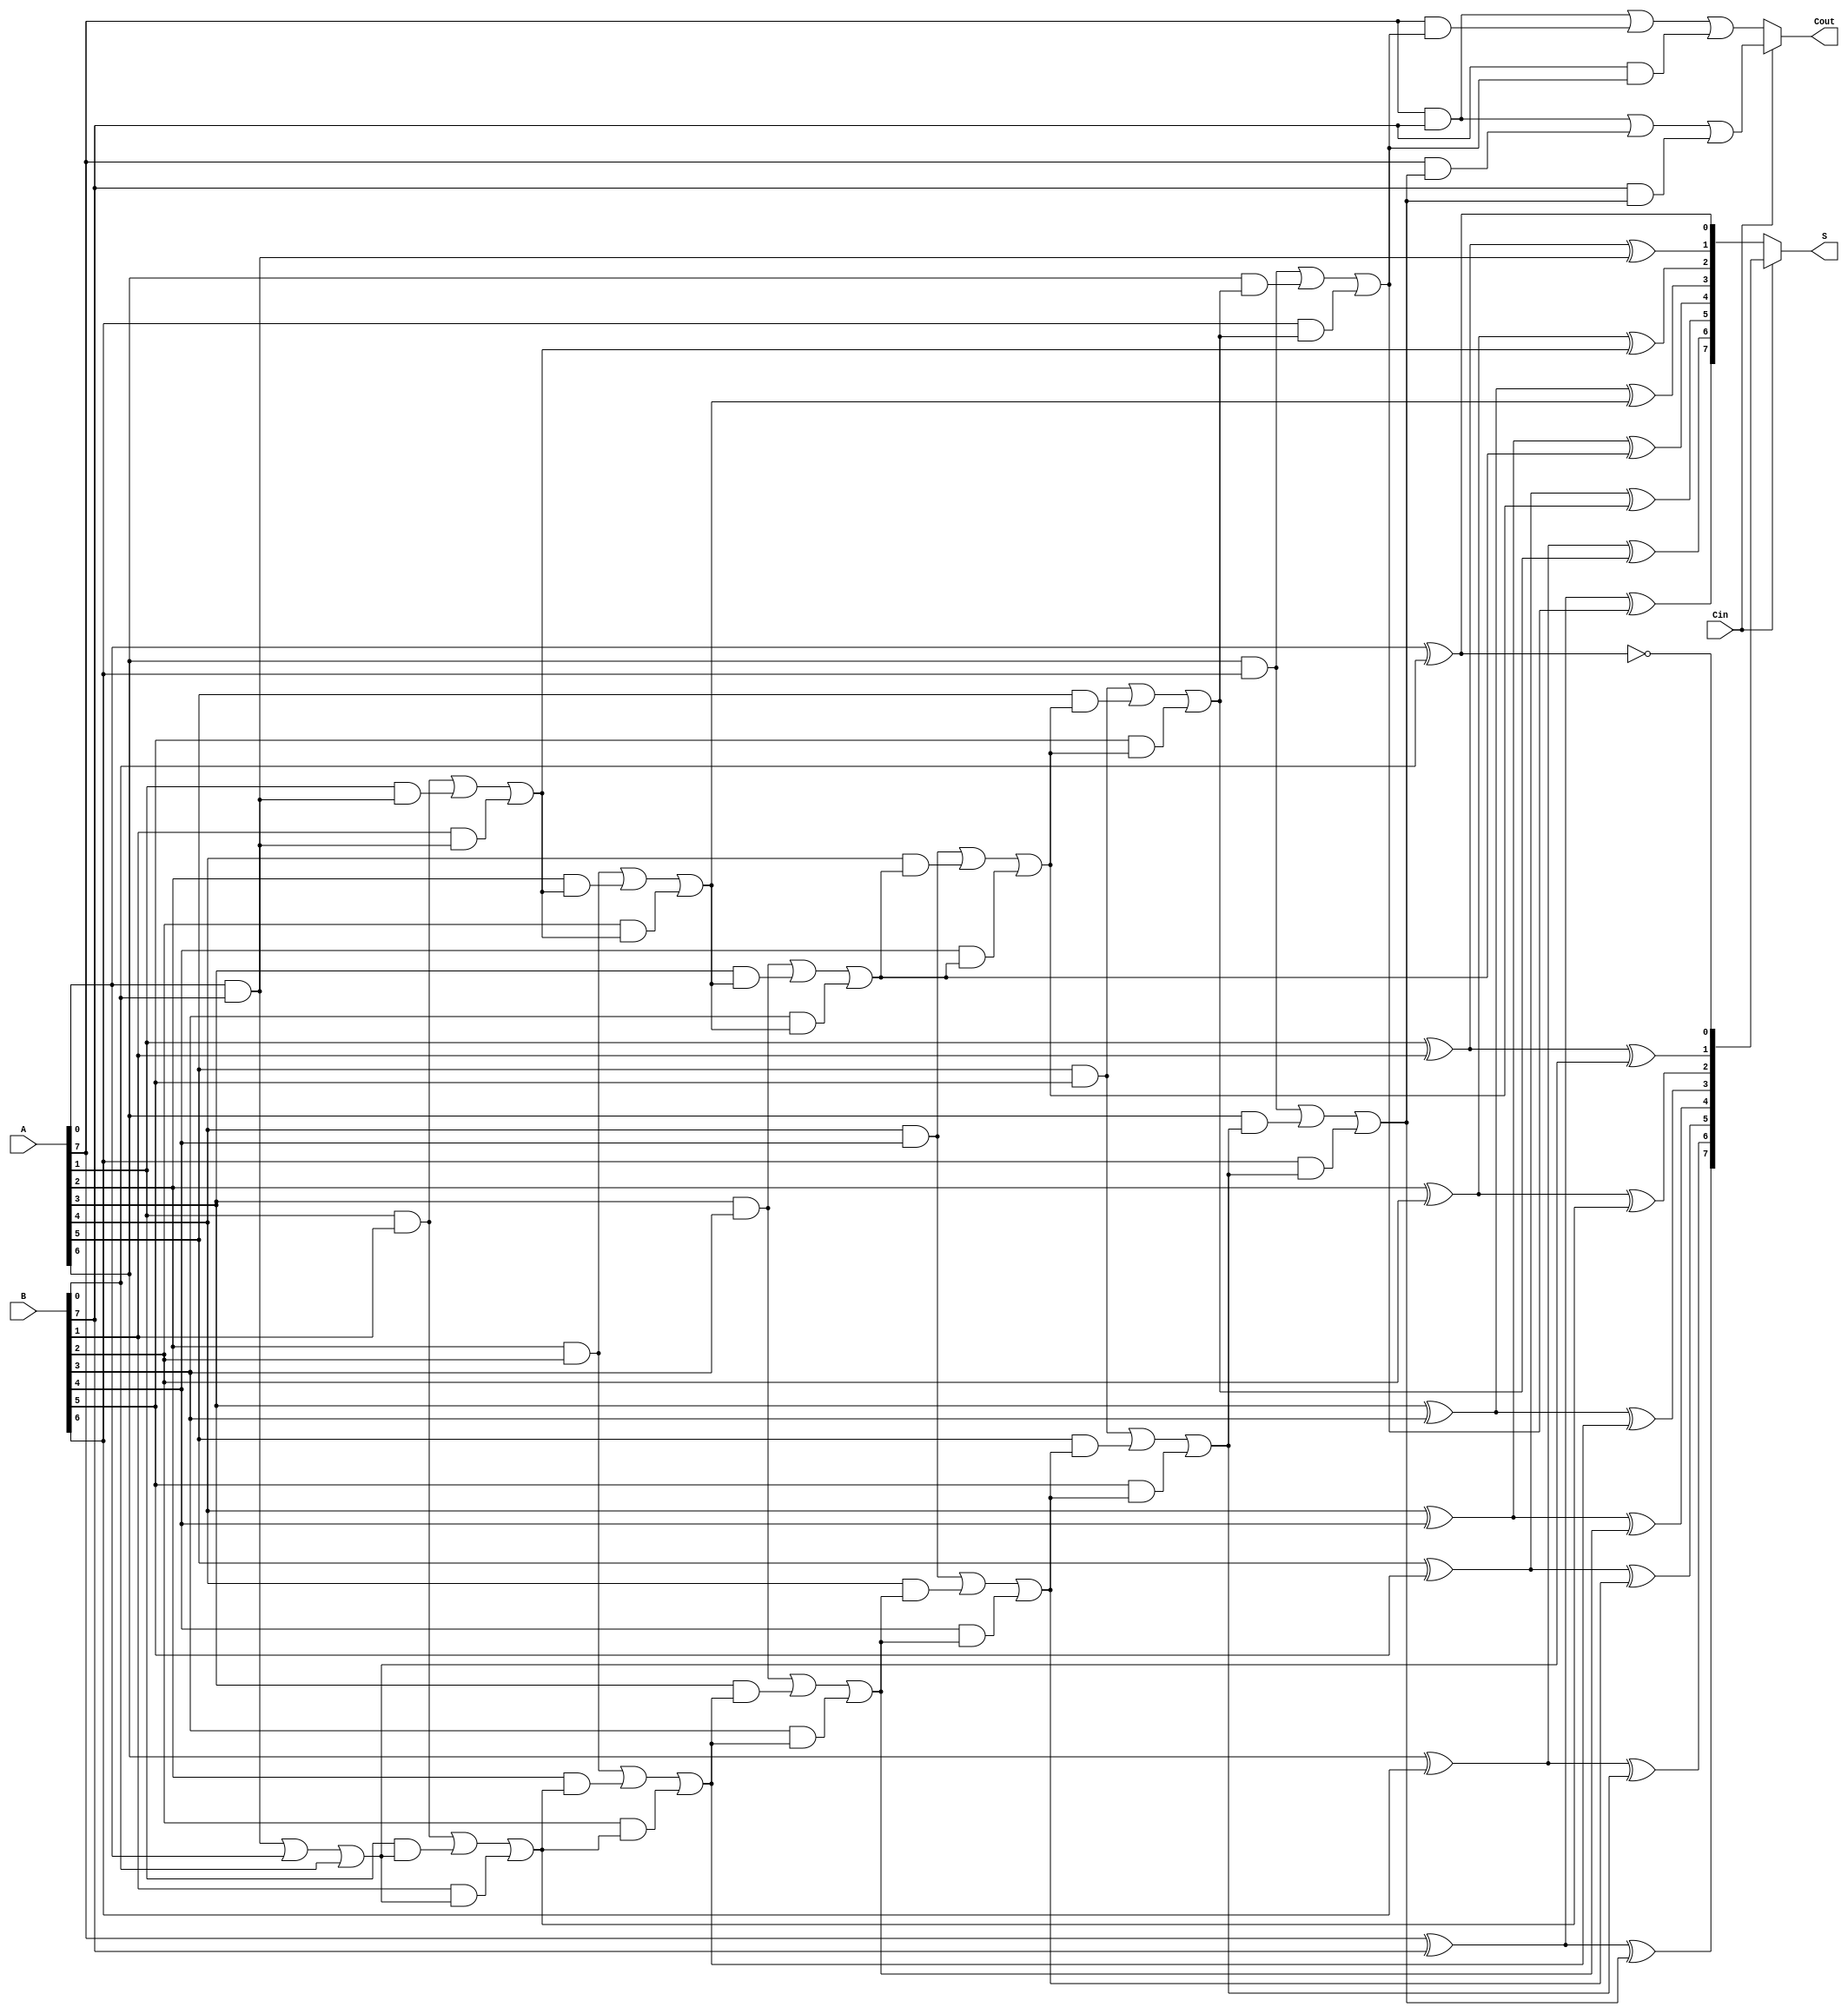
module CCSA #(parameter N = 8) (
    input [N-1:0] A,      // N-bit input A
    input [N-1:0] B,      // N-bit input B
    input Cin,            // Carry-in
    output [N-1:0] S,     // N-bit sum output
    output Cout           // Carry-out
);

    wire [N-1:0] S0, S1;  // Sum outputs for Cin = 0 and Cin = 1
    wire [N:0] C0, C1;    // Carry outputs for Cin = 0 and Cin = 1

    // Generate the carry and sum for each bit
    genvar i;
    generate
        for (i = 0; i < N; i = i + 1) begin : adder_block
            // Full Adder Logic for Cin = 0
            if (i == 0) begin
                assign S0[i] = A[i] ^ B[i] ^ 1'b0; // S0[0] = A[0] + B[0] + 0
                assign C0[i+1] = (A[i] & B[i]) | (A[i] & 1'b0) | (B[i] & 1'b0); // Carry-out for Cin = 0
            end else begin
                assign S0[i] = A[i] ^ B[i] ^ C0[i]; // S0[i] = A[i] + B[i] + C0[i-1]
                assign C0[i+1] = (A[i] & B[i]) | (A[i] & C0[i]) | (B[i] & C0[i]); // Carry-out for Cin = 0
            end

            // Full Adder Logic for Cin = 1
            if (i == 0) begin
                assign S1[i] = A[i] ^ B[i] ^ 1'b1; // S1[0] = A[0] + B[0] + 1
                assign C1[i+1] = (A[i] & B[i]) | (A[i] & 1'b1) | (B[i] & 1'b1); // Carry-out for Cin = 1
            end else begin
                assign S1[i] = A[i] ^ B[i] ^ C1[i]; // S1[i] = A[i] + B[i] + C1[i-1]
                assign C1[i+1] = (A[i] & B[i]) | (A[i] & C1[i]) | (B[i] & C1[i]); // Carry-out for Cin = 1
            end
        end
    endgenerate

    // MUX to select the correct sum and carry based on Cin
    assign S = (Cin) ? S1 : S0; // Select S1 if Cin = 1 else S0
    assign Cout = (Cin) ? C1[N] : C0[N]; // Select Cout based on Cin

endmodule